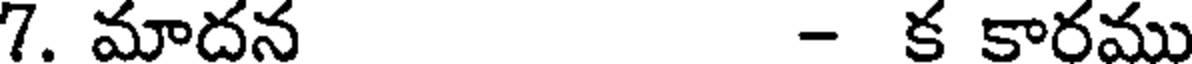
7. మాదన - క కారము